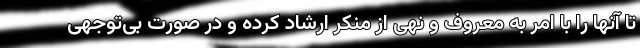
تا آنها را با امر به معروف و نهی از منکر ارشاد کرده و در صورت بی‌توجهی